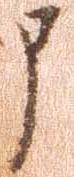
申